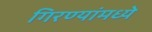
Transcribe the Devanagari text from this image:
गिरण्यांमध्ये